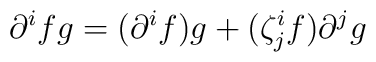
\partial^{i} fg=(\partial^{i} f)g+(\zeta^{i}_{j} f)\partial^{j}g